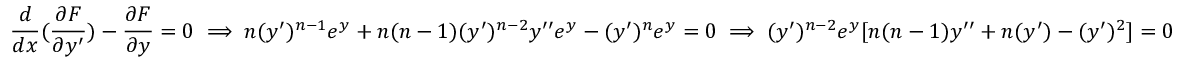
\frac { d } { d x } ( \frac { \partial F } { \partial y ^ { \prime } } ) - \frac { \partial F } { \partial y } = 0 \implies n ( y ^ { \prime } ) ^ { n - 1 } e ^ { y } + n ( n - 1 ) ( y ^ { \prime } ) ^ { n - 2 } y ^ { \prime \prime } e ^ { y } - ( y ^ { \prime } ) ^ { n } e ^ { y } = 0 \implies ( y ^ { \prime } ) ^ { n - 2 } e ^ { y } [ n ( n - 1 ) y ^ { \prime \prime } + n ( y ^ { \prime } ) - ( y ^ { \prime } ) ^ { 2 } ] = 0